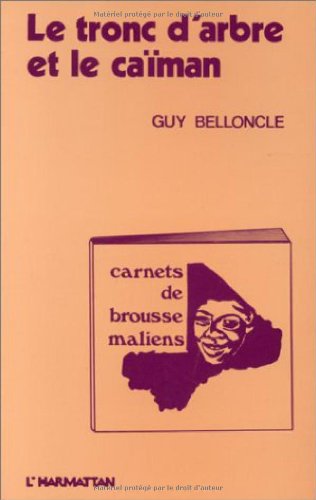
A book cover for Le tronc d'arbre et le caiman: Carnets de brousse maliens, 1975-1979 (French Edition); Guy Belloncle; Travel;